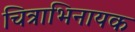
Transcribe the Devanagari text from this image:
चित्राभिनायक